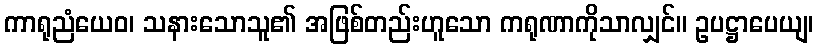
ကာရုညံယေဝ၊ သနားသောသူ၏ အဖြစ်တည်းဟူသော ကရုဏာကိုသာလျှင်။ ဥပဋ္ဌာပေယျ၊